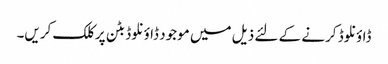
ڈاؤنلوڈ کرنے کے لئے ذیل میں موجود ڈاؤنلوڈ بٹن پر کلک کریں۔